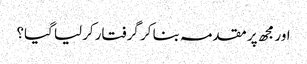
اور مجھ پر مقدمہ بنا کر گرفتار کرلیا گیا؟